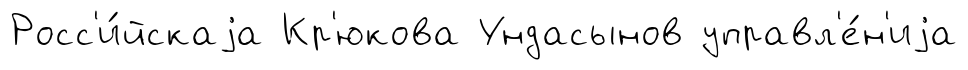
Росс'и́йскаjа Кр'юкова Ундасынов управл'е́н'иjа